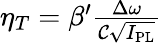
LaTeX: \begin{array}{r}{\eta_{T}=\beta^{\prime}\frac{\Delta\omega}{{\cal C}\sqrt{I_{\mathrm{PL}}}}}\end{array}